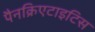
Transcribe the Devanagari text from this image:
पैनक्रिएटाइटिस